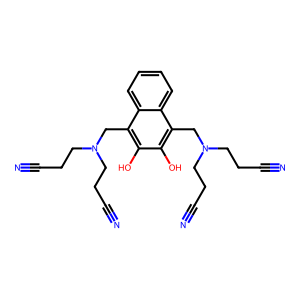
SMILES: N#CCCN(CCC#N)Cc1c(O)c(O)c(CN(CCC#N)CCC#N)c2ccccc12
Inhibits HIV replication: Yes